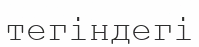
тегіндегі